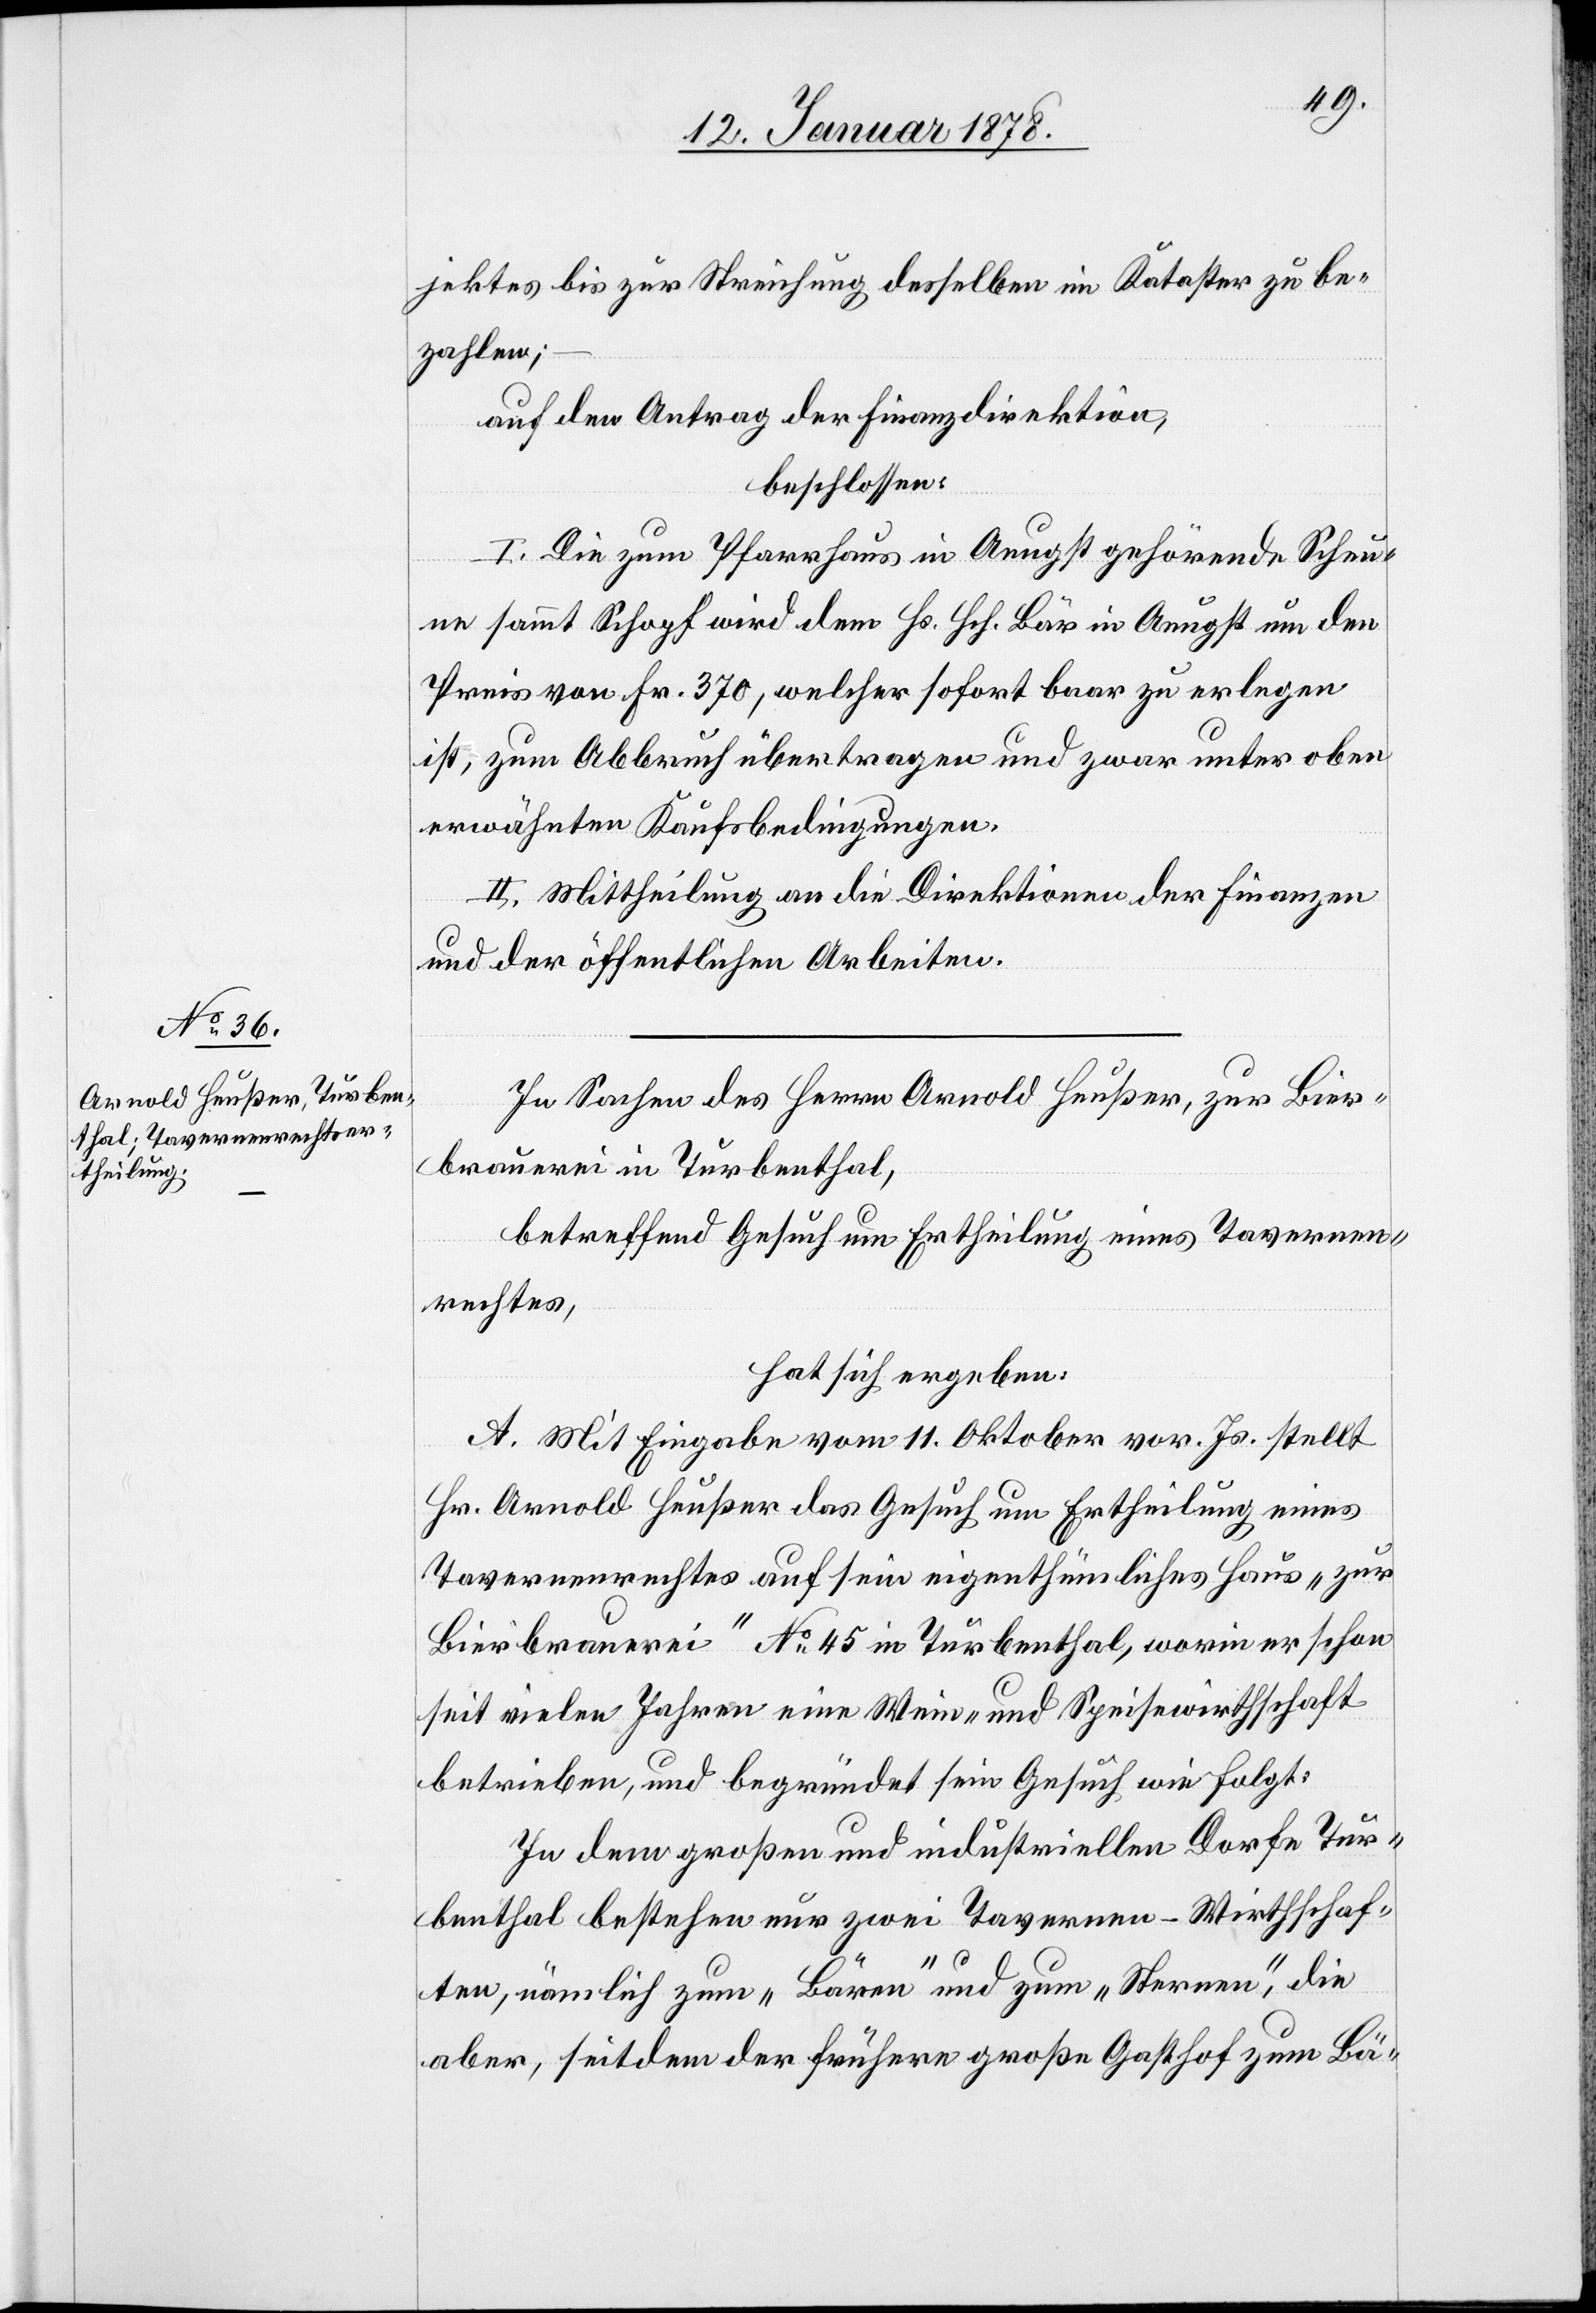
jektes bis zur Streichung desselben in Kataster zu be¬
zahlen;
auf den Antrag der Finanzdirektion,
beschlossen:
I. Die zum Pfarrhaus in Aeugst gehörende Scheu¬
ne sammt Schopf wird dem Hs. Hch. Bär in Aeugst um den
Preis von Fr. 370, welcher sofort baar zu erlegen
ist, zum Abbruch übertragen und zwar unter oben
erwähnten Kaufsbedingungen.
II. Mittheilung an die Direktion der Finanzen
und der öffentlichen Arbeiten.
In Sachen des Herrn Arnold Heußer, zur Bier¬
brauerei in Turbenthal,
betreffend Gesuch um Ertheilung eines Tavernen¬
rechtes,
hat sich ergeben:
A. Mit Eingabe vom 11. Oktober vor. Js. stellt
Hr. Arnold Heußer das Gesuch um Ertheilung eines
Tavernenrechtes auf sein eigenthümliches Haus „zur
Bierbrauerei“ No 45 in Turbenthal, worin er schon
seit vielen Jahren eine Wein- und Speisewirthschaft
betrieben, und begründet sein Gesuch wie folgt:
In dem großen und industriellen Dorfe Tur¬
benthal bestehen nur zwei Tavernen-Wirthschaf¬
ten, nämlich zum „Bären“ und zum „Sternen“, die
aber, seitdem der frühere große Gasthof zum Bä-